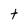
Character: t